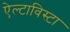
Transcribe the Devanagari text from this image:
ऐल्टाविस्टा